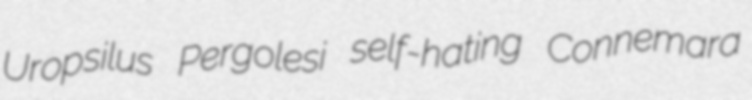
Uropsilus Pergolesi self-hating Connemara